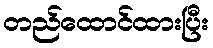
တည်ထောင်ထားပြီး